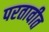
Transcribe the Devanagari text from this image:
परतावीत